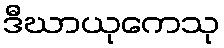
ဒီဃာယုကေသု